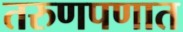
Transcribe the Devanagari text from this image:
तरुणपणात